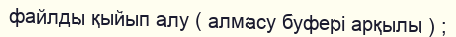
файлды қыйып алу ( алмасу буфері арқылы ) ;